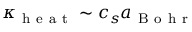
\kappa _ { \mathrm { ~ h ~ e ~ a ~ t ~ } } \sim c _ { s } a _ { \mathrm { ~ B ~ o ~ h ~ r ~ } }